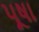
પૂષા